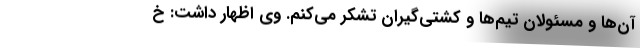
آن‌ها و مسئولان تیم‌ها و کشتی‌گیران تشکر می‌کنم. وی اظهار داشت: خ